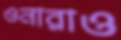
ওনারাও